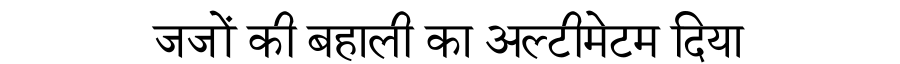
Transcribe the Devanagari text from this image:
जजों की बहाली का अल्टीमेटम दिया